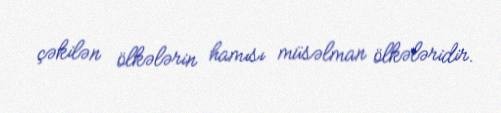
çəkilən ölkələrin hamısı müsəlman ölkələridir.